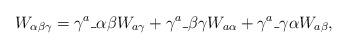
LaTeX: \begin{align*} W_{\alpha\beta\gamma} = \gamma^a\_{\alpha\beta} W_{a\gamma} + \gamma^a\_{\beta\gamma} W_{a\alpha} + \gamma^a\_{\gamma\alpha} W_{a\beta},\end{align*}